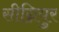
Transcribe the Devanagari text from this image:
सीग्नियुर